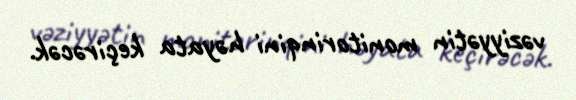
vəziyyətin monitorinqini həyata keçirəcək.